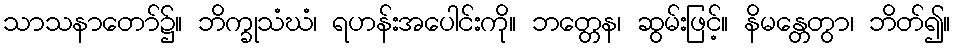
သာသနာတော်၌။ ဘိက္ခုသံဃံ၊ ရဟန်းအပေါင်းကို။ ဘတ္တေန၊ ဆွမ်းဖြင့်။ နိမန္တေတွာ၊ ဘိတ်၍။